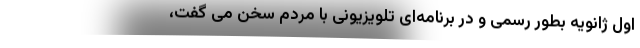
اول ژانویه بطور رسمی و در برنامه‌ای تلویزیونی با مردم سخن می گفت،